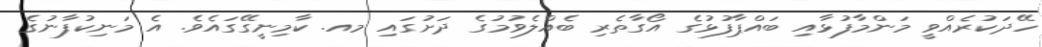
ހޭދަކުރެއްވީ މަންމާފުޅާއި ބައްޕާފުޅުގެ އޯގާތެރި ބެއްލެވުމުގެ ދަށުގައި މއ. ކާމިނީގޭގައެވެ. އެ މަނިކުފާނުގެ